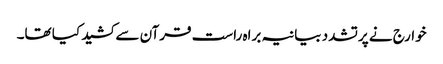
خوارج نے پرتشدد بیانیہ براہ راست قرآن سے کشید کیا تھا۔